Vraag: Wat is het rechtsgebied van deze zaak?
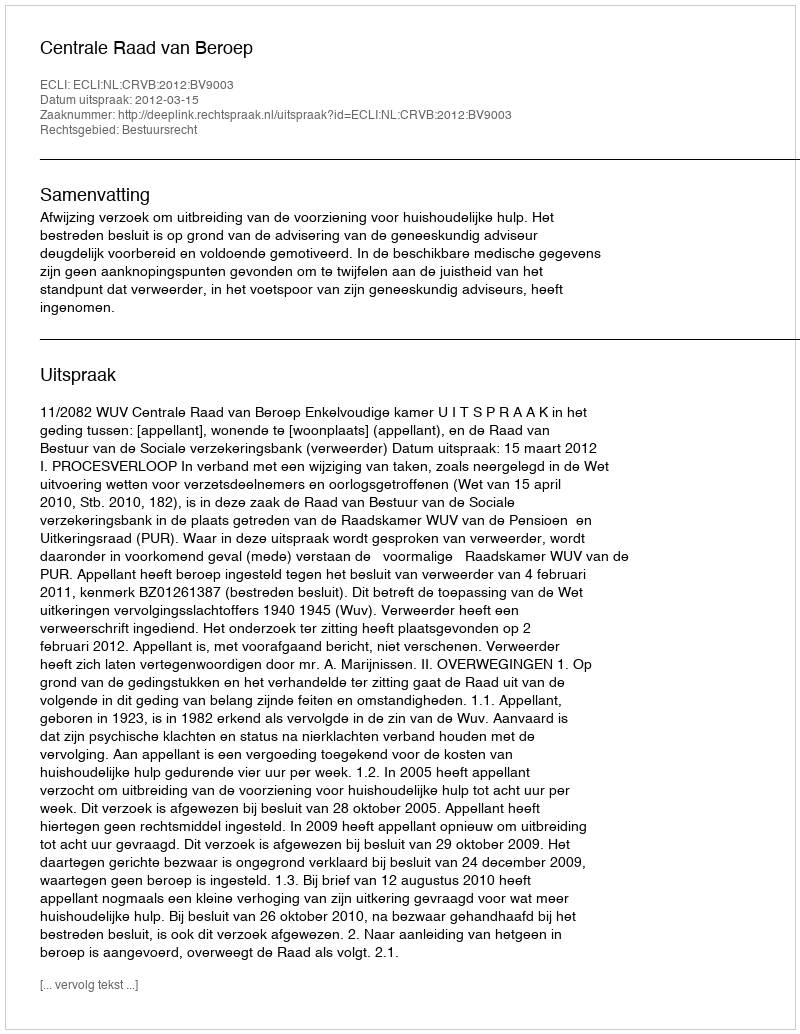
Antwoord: Bestuursrecht